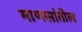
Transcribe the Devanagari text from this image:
माणसांतील